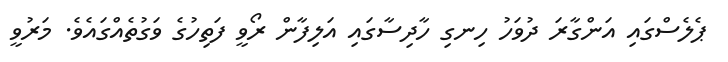
ޕެލެސްގައި އަންގާރަ ދުވަހު ހިނގި ހާދިސާގައި އަލިފާން ރޯވީ ފަތިހުގެ ވަގުތެއްގައެވެ. މަރުވީ